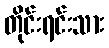
တိုင်းရင်းသား